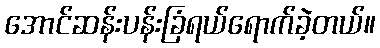
အောင်ဆန်းပန်းခြံရယ်ရောက်ခဲ့တယ်။